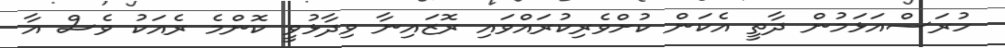
ހުރަސްއަޅަމުން ދާތީ އެކަން ކުށްވެރިކުރައްވައި ރޮޒައިނާ ވިދާޅުވީ ކޮންމެ ރެއަކު ވެސް އާ